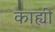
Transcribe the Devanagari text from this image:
काह्यी